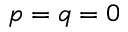
p = q = 0